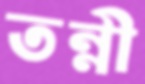
তন্নী